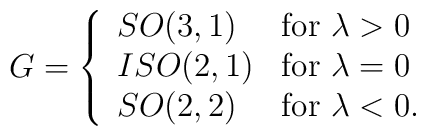
G=\left\{ \begin{array}{ll}SO(3,1) & \mbox{for $\lambda >0$}\\ISO(2,1) & \mbox{for $\lambda=0$}\\SO(2,2) & \mbox{for $\lambda <0.$}\end{array}\right.